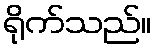
ရိုက်သည်။